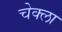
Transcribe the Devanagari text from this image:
चेक्ला